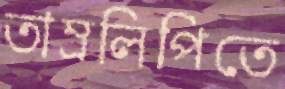
তাম্রলিপিতে